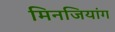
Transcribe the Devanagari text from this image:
मिनजियांग